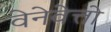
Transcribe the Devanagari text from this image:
वेनेवेत्तो